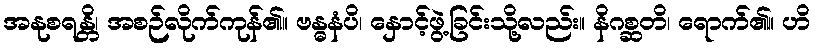
အနုစရန္တိ၊ အစဉ်လိုက်ကုန်၏။ ဗန္ဓနံပိ၊ နှောင့်ဖွဲ့ခြင်းသို့လည်း။ နိဂစ္ဆတိ၊ ရောက်၏။ ဟိ